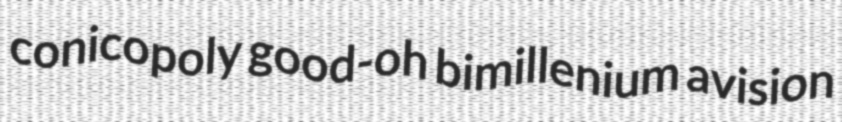
conicopoly good-oh bimillenium avision